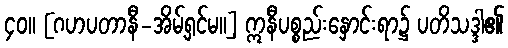
၄၀။ [ဂဟပတာနီ-အိမ့်ရှင်မ။] ဣနီပစ္စည်းနှောင်းရာ၌ ပတိသဒ္ဒါ၏